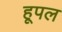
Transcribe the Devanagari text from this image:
हूपल